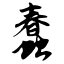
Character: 蠢